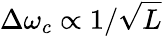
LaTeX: \Delta\omega_{c}\propto 1/\sqrt{L}